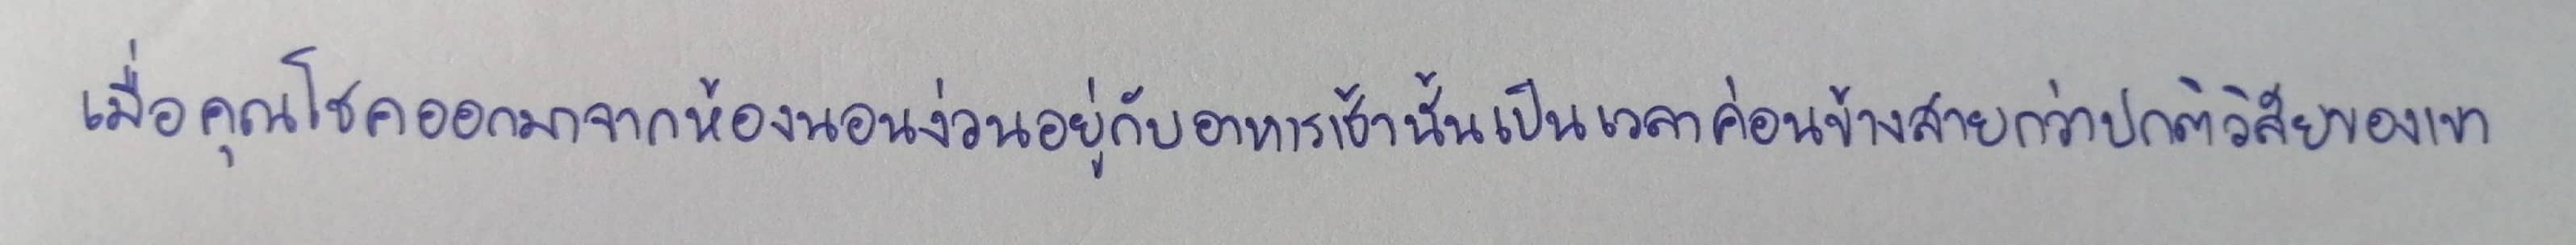
เมื่อคุณโชคออกมาจากห้องนอนง่วนอยู่กับอาหารเช้านั้นเป็นเวลาค่อนข้างสายกว่าปกติวิสัยของเขา